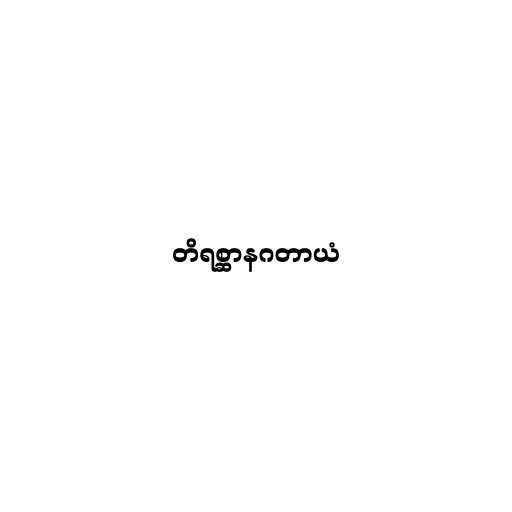
တိရစ္ဆာနဂတာယံ